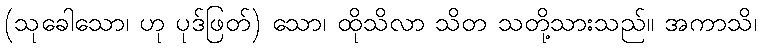
(သုခေါသော၊ ဟု ပုဒ်ဖြတ်) သော၊ ထိုသိလာ သိတ သတို့သားသည်။ အကာသိ၊